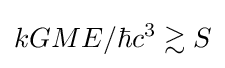
{kGME}/{\hbar c^{3}}\gtrsim S